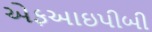
એફઆઇપીબી